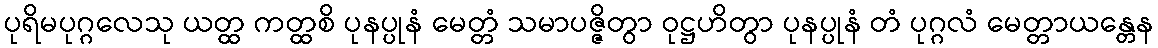
ပုရိမပုဂ္ဂလေသု ယတ္ထ ကတ္ထစိ ပုနပ္ပုနံ မေတ္တံ သမာပဇ္ဇိတွာ ဝုဋ္ဌဟိတွာ ပုနပ္ပုနံ တံ ပုဂ္ဂလံ မေတ္တာယန္တေန